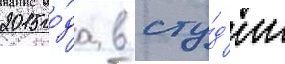
2015 го́да в сту́д'ии